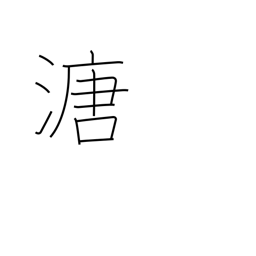
Meaning: mud